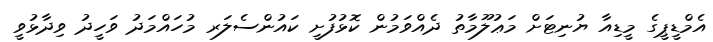
އެމްޑީޕީގެ މީޑިއާ ޔުނިޓަށް މަޢުލޫމާތު ދެއްވަމުން ކޮޅުފުށީ ކައުންސެލަރ މުހައްމަދު ވަހީދު ވިދާޅުވީ